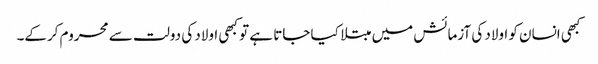
کبھی انسان کو اولاد کی آزمائش میں مبتلا کیا جاتا ہے تو کبھی اولاد کی دولت سے محروم کرکے۔